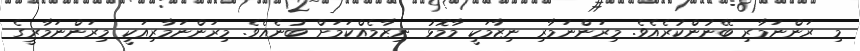
މި ރަންނަމާރި ބޭނުންކުރެއެވެ. މިރަންނަމާރި ނިޒާމަކީ މާމޮޅު ނިޒާމެއްކަމަށް ބުނެއެވެ. މިރަންނަމާރިއަކީ މިރަންނަމާރީގެ